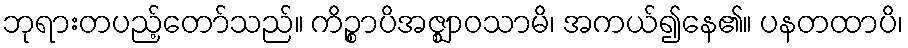
ဘုရားတပည့်တော်သည်။ ကိဉ္စာပိအဇ္ဈာဝသာမိ၊ အကယ်၍နေ၏။ ပနတထာပိ၊